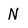
Character: N